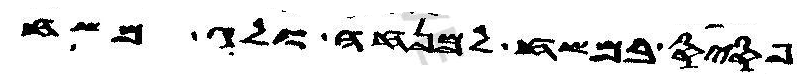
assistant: פסיס במשח למנחה ולג משח